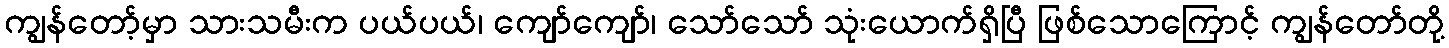
ကျွန်တော့်မှာ သားသမီးက ပယ်ပယ်၊ ကျော်ကျော်၊ သော်သော် သုံးယောက်ရှိပြီ ဖြစ်သောကြောင့် ကျွန်တော်တို့